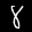
Label: 8